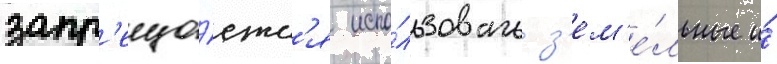
запр'еща́етс'я испо́льзовать з'ем'е́льные и́